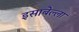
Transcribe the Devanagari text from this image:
इसाबेल्ला